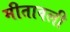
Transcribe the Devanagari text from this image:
मीतावली